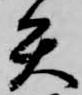
矢